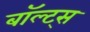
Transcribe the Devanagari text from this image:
बॉल्ट्स